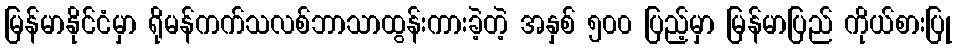
မြန်မာနိုင်ငံမှာ ရိုမန်ကက်သလစ်ဘာသာထွန်းကားခဲ့တဲ့ အနှစ် ၅၀၀ ပြည့်မှာ မြန်မာပြည် ကိုယ်စားပြု